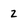
Character: z